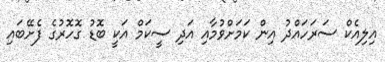
އިލިއެކް ސަރަހައްދު އިން ކަމަށްވުމާއި އަދި ސީކަމް އަކީ ބޮޑު ގޮހޮރުގެ ފެށޭބައި